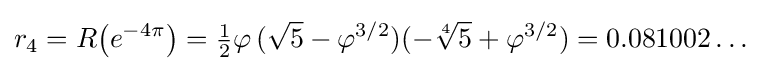
r_{4}=R{\big (}e^{-4\pi }{\big )}={\tfrac {1}{2}}\varphi \,({\sqrt {5}}-\varphi ^{3/2})(-{\sqrt[{4}]{5}}+\varphi ^{3/2})=0.081002\dots